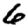
Digit: 6